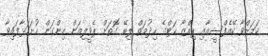
ކަމަށްވާ ކޭއެފްސީއާއި ޕިއްޒާ ހަޓްގެ ހިދުމަތް ލިބޭ ގޮތަށް ޕެވީލިއަން ހިންގަން ހުށަހަޅާފައިވާ